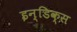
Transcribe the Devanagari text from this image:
इन्डिक्स